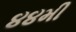
૪૪મી